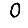
Digit: 0